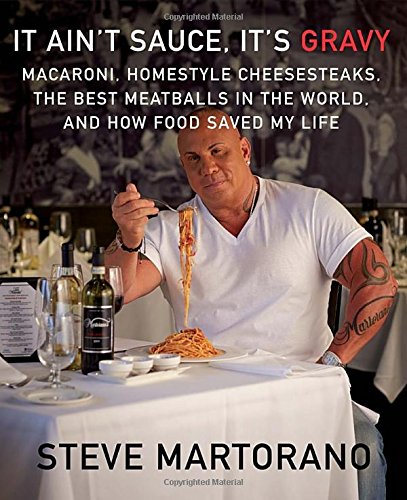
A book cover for It Ain't Sauce, It's Gravy: Macaroni, Homestyle Cheesesteaks, the Best Meatballs in the World, and How Food Saved My Life; Steve Martorano; Cookbooks, Food & Wine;